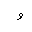
Letter: _waw